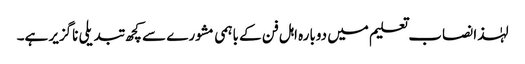
لہٰذا نصاب تعلیم میں دوبارہ اہل فن کے باہمی مشورے سے کچھ تبدیلی ناگزیر ہے۔